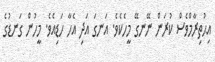
އިޙުތިރާމްވެސް ކުރަން ނޭނގޭ މީހެކެވެ. އަނގަ އަދި އެހާ ހަޑިއެވެ. މީހުން ގަނޑުގެ